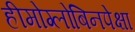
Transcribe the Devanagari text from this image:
हीमोग्लोबिनपेक्षा